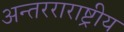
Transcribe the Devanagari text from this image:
अन्तरराराष्ट्रीय